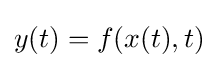
y(t)=f(x(t),t)